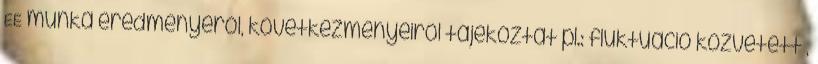
EE munka eredményéről, következményeiről tájékoztat pl.: fluktuáció közvetett ,